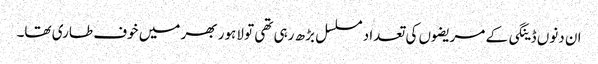
ان دنوں ڈینگی کے مریضوں کی تعداد مسلسل بڑھ رہی تھی تو لاہور بھر میں خوف طاری تھا۔